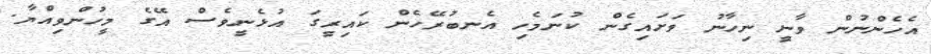
އެހެންނުން ވާނީ ނިހާނު ވަށައިގެން ކުނަމެހި އެނބުރޭހެން ކައިރީގަ އުޅެނީވެސް އޭގެ މީހުންވިއްޔާ.